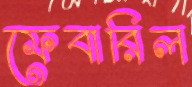
ফেবারিল